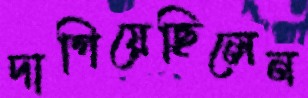
দাগিয়েছিলেন